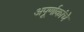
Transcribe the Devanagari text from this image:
अपूर्णाकांचे